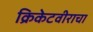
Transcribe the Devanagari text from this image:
क्रिकेटवीराचा